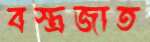
বস্ত্রজাত